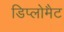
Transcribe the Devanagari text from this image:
डिप्लोमैट